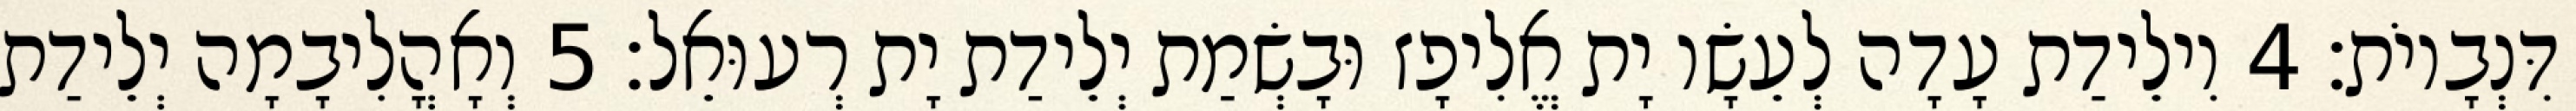
דִּנְבָיוֹת׃ 4 וִילֵידַת עָדָה לְעֵשָׂו יָת אֱלִיפָז וּבָשְׂמַת יְלֵידַת יָת רְעוּאֵל׃ 5 וְאָהֳלִיבָמָה יְלֵידַת